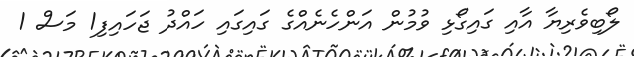
ލޯބިވެރިޔާ އާއި ގައިގޯޅި ވުމުން އަންހެނެއްގެ ގައިގައި ހައްދު ޖަހައިފި1 މަސް 1